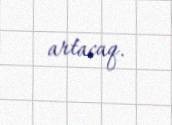
artacaq.